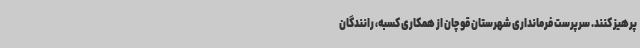
پرهیز کنند. سرپرست فرمانداری شهرستان قوچان از همکاری کسبه، رانندگان